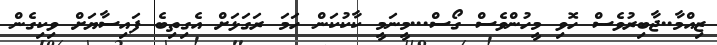
ޒިއްމާ..ޖާބިރުވެސް ހޮވި މީހުންވެސް ގޯސް...މީނަމީ ކާކުކަން ހަމަ ރަގަޅަށް އެގިތިބެ ފައިސާޔަށް ވިކިގެން